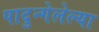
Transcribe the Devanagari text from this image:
पादुन्गेलेल्या